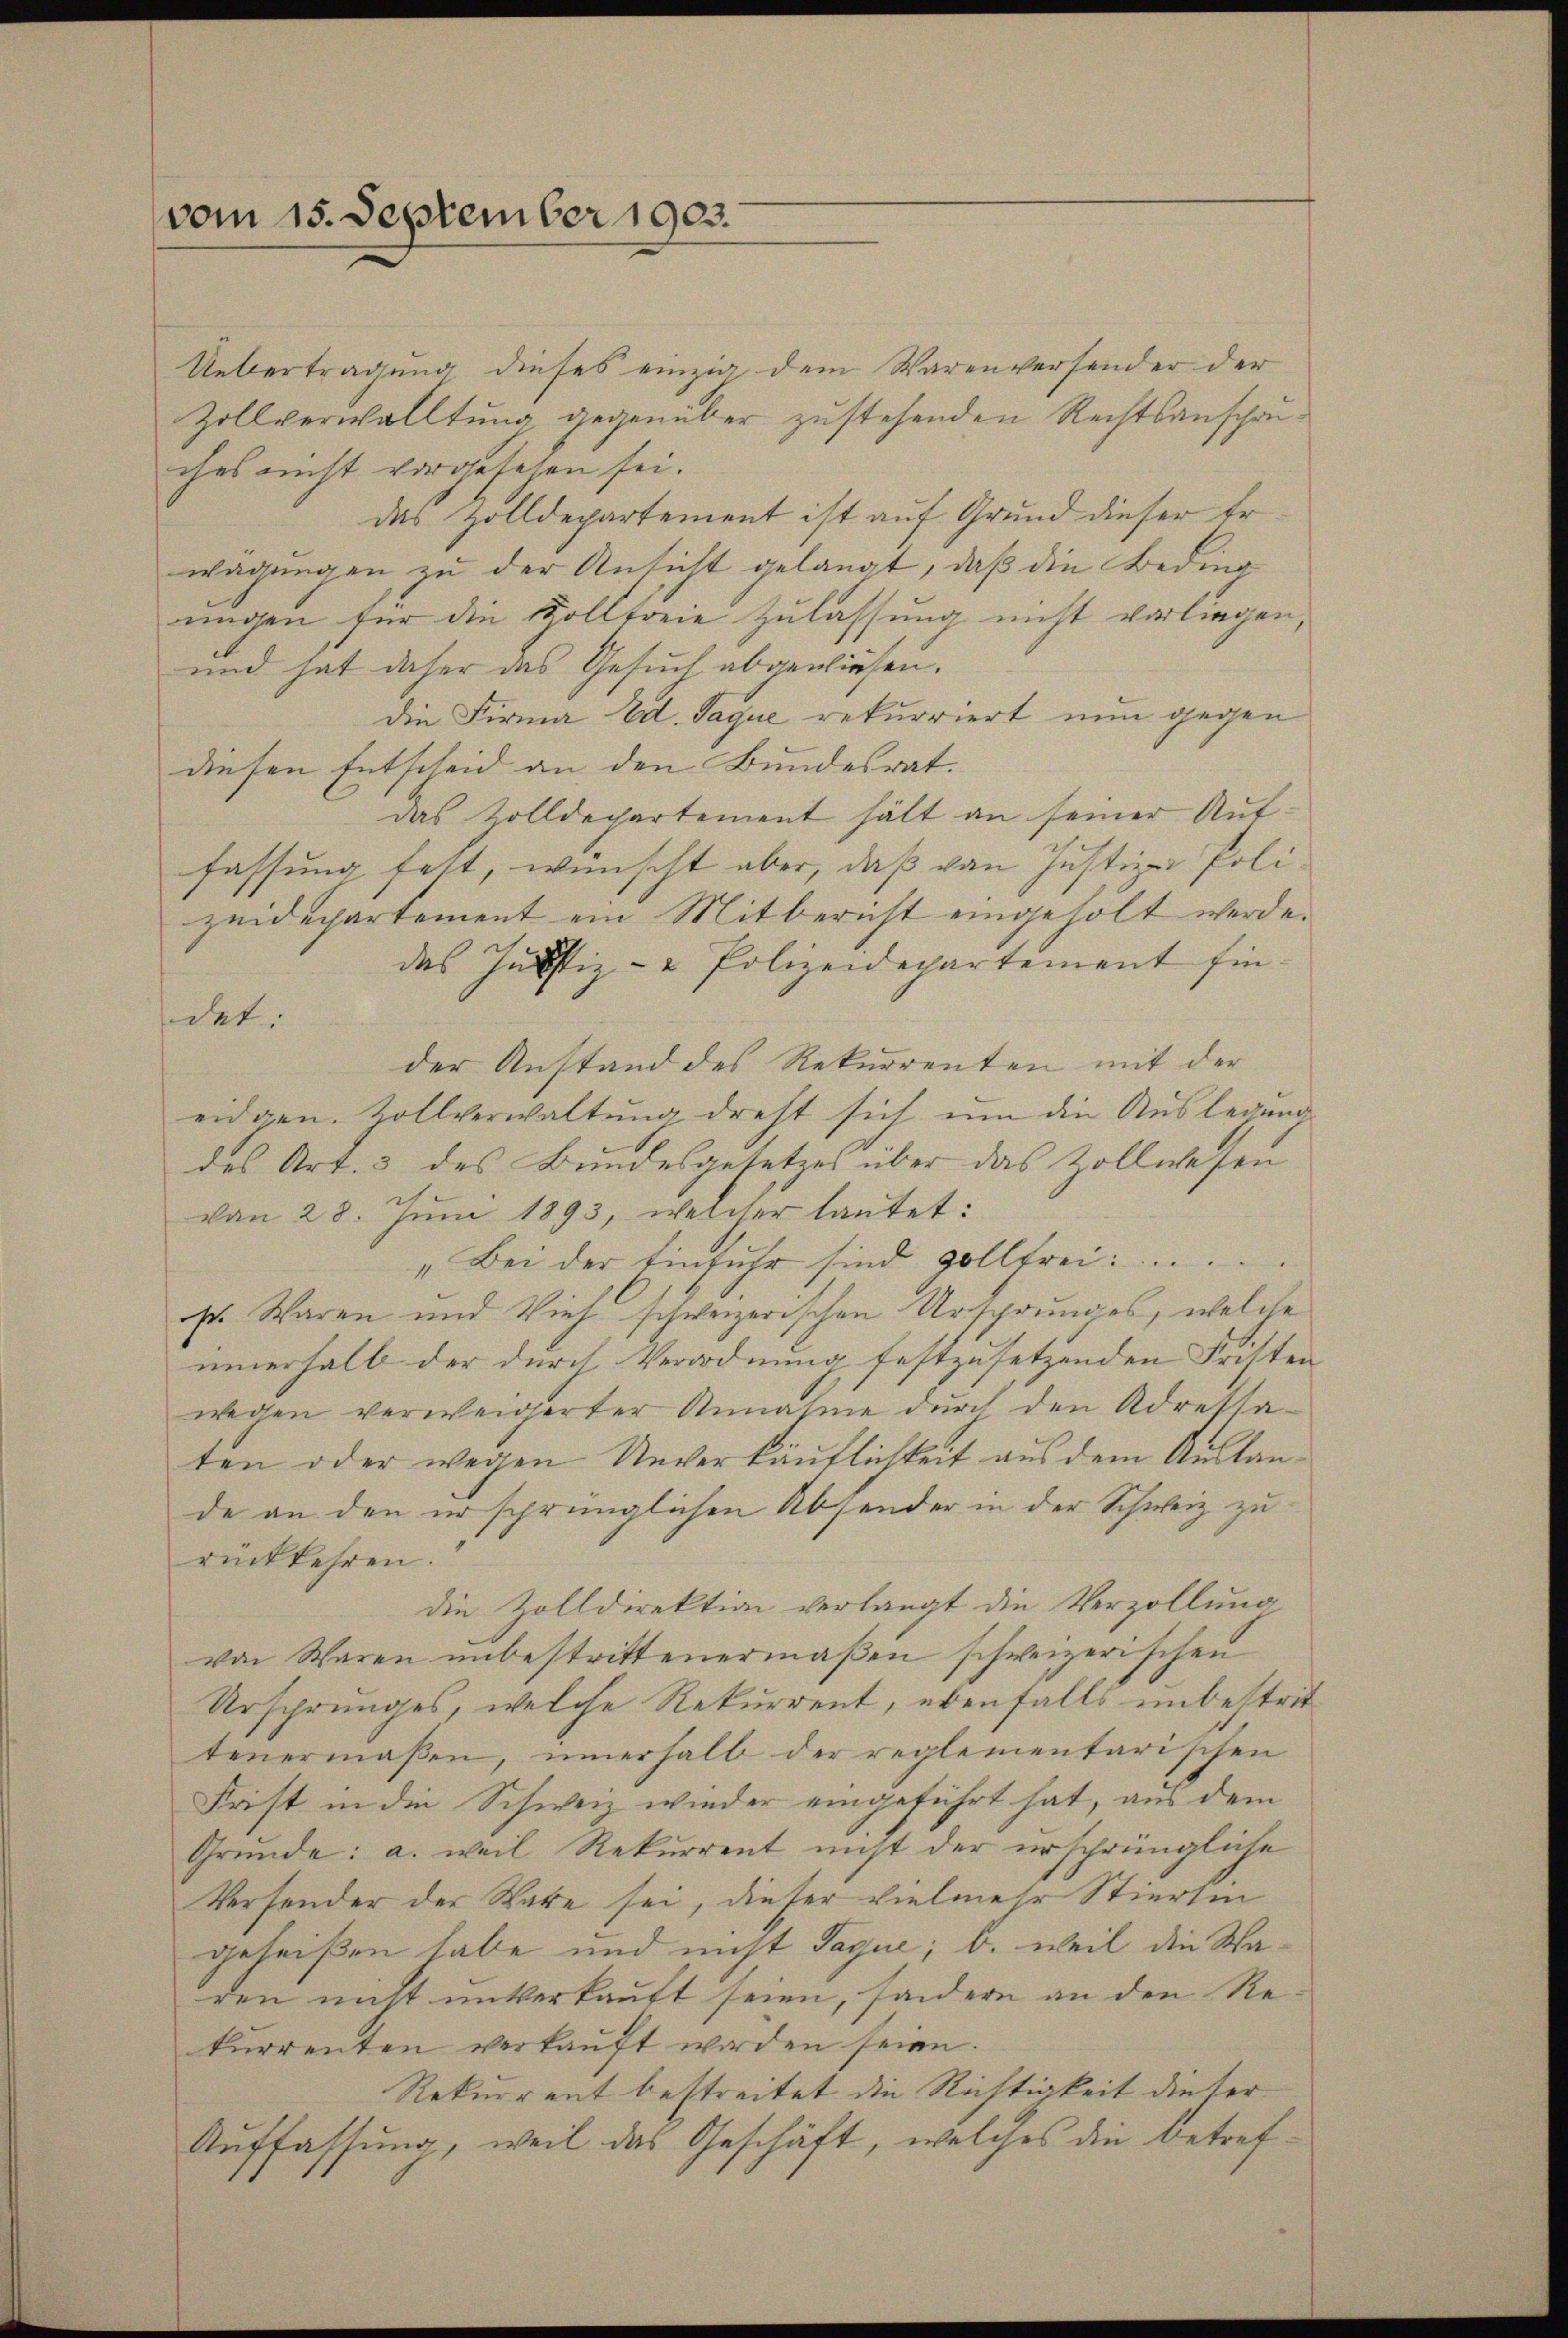
vom 15. September 1903.

Uebertragung dieses einzig dem Warenversonder der
Zollverwalltung gegenüber zustehenden Rechtsanschauches nicht vorgesehen sei.
das Zolldepartement ist auf Grund dieser Er
wägungen zu der Ansicht gelangt, daß die Beding
ungen für die Vollfreie Zulassung nicht vorliegen,
und hat daher das Gesuch abgewiesen.
die Firma Ed. Saque rekurriert nun gegen
diesen Entscheid an den Bundesrat.
das Zolldepartement hält an seiner Auffassung fest, wünscht aber, daß von Justiz- Polizeidepartement ein Mitbericht eingeholt werde.
das Justiz- & Polizeidepartement fin
det:
der Anstand des Rekurrenten mit der
eidgen. Zollverwaltung dreht sich um die Auslegung
des Art. 3 des Bundesgesetzes über das Zollwesen
von 28. Jŭni 1893, welcher lautet:
„Bei der Einfuhr sind gollfrei.
ist. Waren und Vieh schweizerischen Ursprunges, welche
innerhalb der durch Verordnung festzusetzenden Fristen
wegen verweigerter Annahme durch den Adressa-
ten oder wegen Unverkäuflichkeit aus dem Auslande an den er sprünglichen Absender in der Schweiz zu
rückkehren.
die Zolldirektion verlangt die Verzöllung
von Waren unbestrittenermaßen schweizerischen
Ursprunges, welche Rekurrent, ebenfalls unbestrit
tenermaßen, innerhalb der reglementarischen
Frist in die Schweiz wieder eingeführt hat, aus dem
Grunde: a. weil Rekurrent nicht der erschrüngliche
Versender der Ware sei, dieser vielmehr Stierten
geheißen habe und nicht Jaque; b. weil die Waden nicht unterkauft seien, sondern an den Rekurrenten verkauft worden seien.
Rekurrent bestreitet die Richtigkeit dieser
Auffassung, weil das Geschäft, welches die betref¬